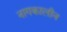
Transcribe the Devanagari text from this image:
नागकालीन